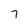
Character: 7